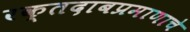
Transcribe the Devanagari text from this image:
रक्तदाबप्रमाणाचे